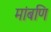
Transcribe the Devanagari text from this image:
मांबणि